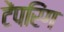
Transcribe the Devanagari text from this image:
टेंपरिंग